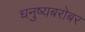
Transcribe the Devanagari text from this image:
धनुष्यबरोबर